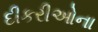
દીકરીઓના